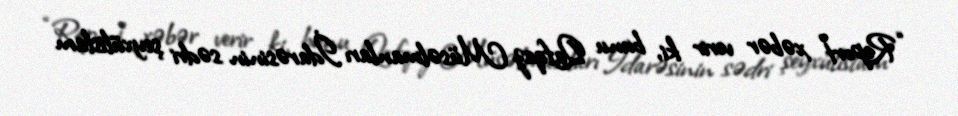
“Report” xəbər verir ki, bunu Qafqaz Müsəlmanları İdarəsinin sədri şeyxülislam